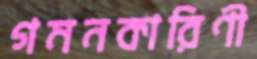
গমনকারিণী